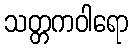
သတ္တကဝါရော